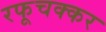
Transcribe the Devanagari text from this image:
रफूचक्कर